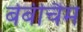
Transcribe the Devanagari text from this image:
बेबीचैम